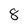
Character: 8